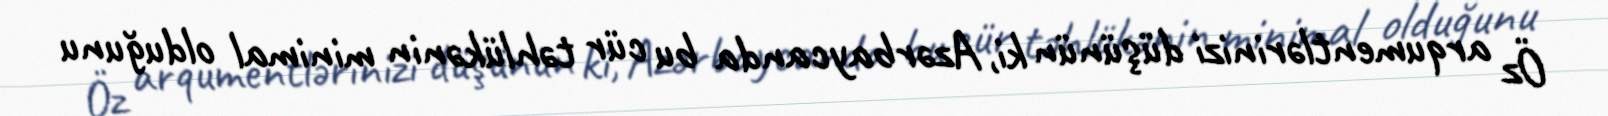
Öz arqumentlərinizi düşünün ki, Azərbaycanda bu cür təhlükənin minimal olduğunu